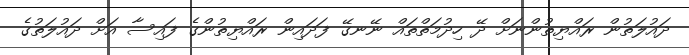
ދައުލަތުން ރައްޔިތުންނަށް ދޭ ހިދުމަތްތައް ނޭނގޭ ފަދައިން ރައްޔިތުންގެ ފައިސާ އަށް ދައުލަތުގެ